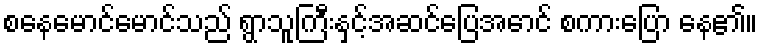
စနေမောင်မောင်သည် ရွာသူကြီးနှင့်အဆင်ပြေအောင် စကားပြော နေ၏။